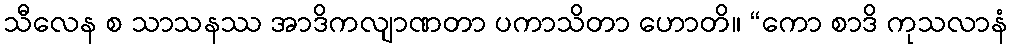
သီလေန စ သာသနဿ အာဒိကလျာဏတာ ပကာသိတာ ဟောတိ။ “ကော စာဒိ ကုသလာနံ